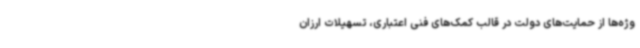
وژه‌ها از حمایت‌های دولت در قالب کمک‌های فنی اعتباری، تسهیلات ارزان